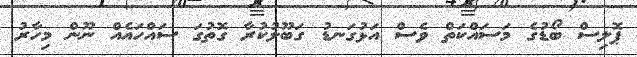
ޕޮލިސް ބޯޑުގެ މަސައްކަތް ވެސް އަޅުގަނޑު ގަބޫލުކުރާ ގޮތުގަ ސައްހައެއް ނޫން މިހާރު